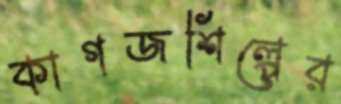
কাগজশিল্পের